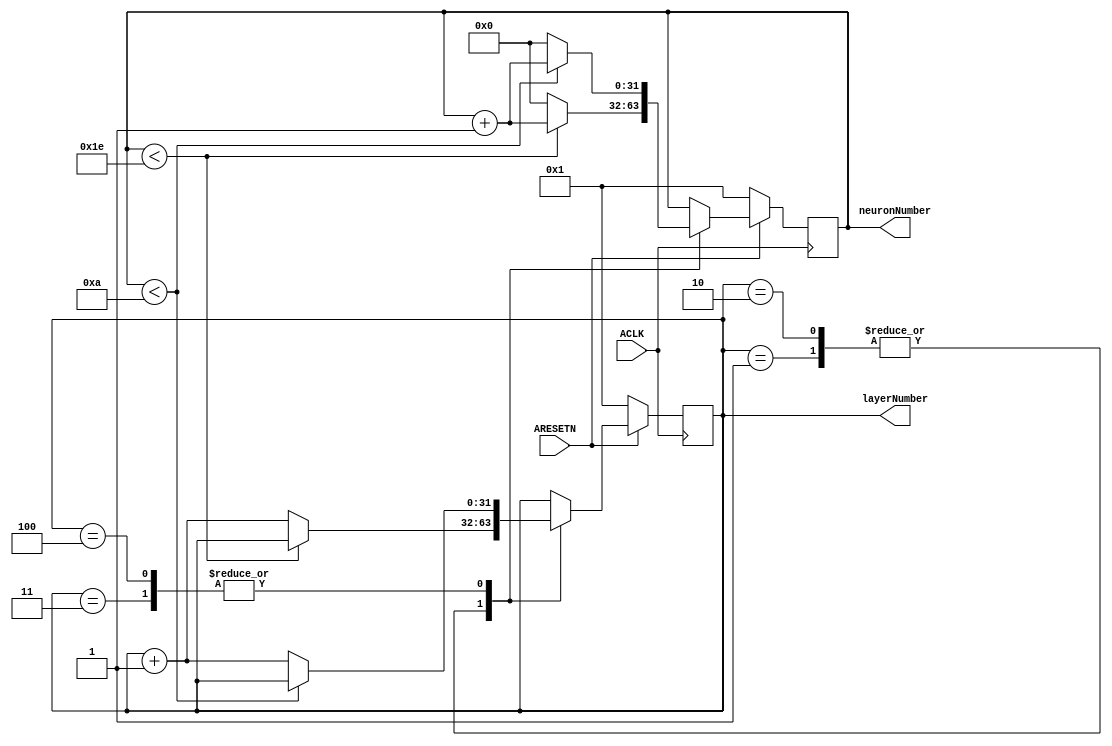

`timescale 1 ns / 1 ps

	module traverser 
	(
	
		input wire  ACLK,
		input wire  ARESETN,
		
        output wire     [31:0]  layerNumber,      
        output wire     [31:0]  neuronNumber 
	);
	reg [31:0] increment_l;
	reg [31:0] increment_n;
 
	assign neuronNumber = increment_n ;
	assign layerNumber = increment_l;
	
	always @(posedge ACLK)
	begin
		if ( ARESETN == 1'b0 )
			begin
				increment_n <= 1;
				increment_l <= 1;
			end
		else 
		begin
			case(layerNumber)
			3'h1: begin
					  if(neuronNumber < 30 )
						begin
						  increment_n <= increment_n + 1;
						end
						else
						begin
							increment_n <= 0;
							increment_l <= increment_l + 1;
						end
						
					end
			3'h2: begin
					  if(neuronNumber < 30 )
						begin
						  increment_n <= increment_n + 1;
						end
						else
						begin
							increment_n <= 0;
							increment_l <= increment_l + 1;
						end
					end
			3'h3: begin

					  if(neuronNumber < 10 )
						begin
						  increment_n <= increment_n + 1;
						end
						else
						begin
							increment_n <= 0;
							increment_l <= increment_l + 1;
						end
						
					end

			3'h4: begin
					  if(neuronNumber < 10 )
						begin
						  increment_n <= increment_n + 1;
						end
						else
						begin
							increment_n <= 0;
							increment_l <= increment_l + 1;
						end
						
					end		
			endcase
			
		end
			
	end
	 
	 
		
endmodule